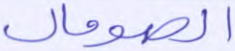
الصومال